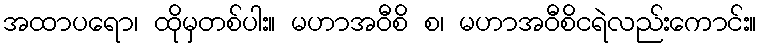
အထာပရော၊ ထိုမှတစ်ပါး။ မဟာအဝီစိ စ၊ မဟာအဝီစိငရဲလည်းကောင်း။